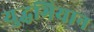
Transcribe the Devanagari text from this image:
युद्धभियान